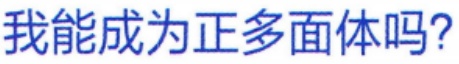
我能成为正多面体吗?